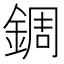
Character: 錭